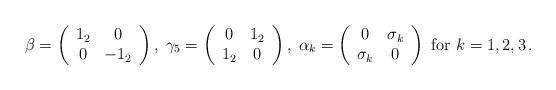
LaTeX: \begin{align*}\beta=\left(\begin{array}{cc}1_2&0\\0&-1_2\end{array}\right),\;\gamma_5=\left(\begin{array}{cc}0&1_2\\1_2&0\end{array}\right),\;\alpha_k=\left(\begin{array}{cc}0&\sigma_k\\\sigma_k&0\end{array}\right) \mbox{ for }k=1,2,3\,.\end{align*}